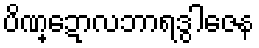
ပိဏ္ဍောလဘာရဒွါဇေန